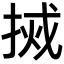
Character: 𫽃